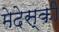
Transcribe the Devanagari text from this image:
मेदेस्की